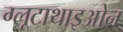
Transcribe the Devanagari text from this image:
ग्लूटाथाइओन